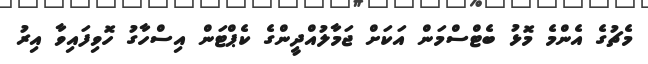
މެޗުގެ އެންމެ މޮޅު ބެޓްސްމަން އަކަށް ޖަމާލުއްދީންގެ ކެޕްޓަން އިސްހާގު ހޮވިފައިވާ އިރު